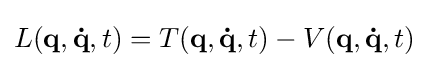
L(\mathbf {q} ,\mathbf {\dot {q}} ,t)=T(\mathbf {q} ,\mathbf {\dot {q}} ,t)-V(\mathbf {q} ,\mathbf {\dot {q}} ,t)